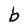
Character: b